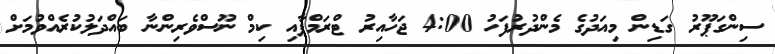
ސިންގަޕޫރު ގަޑިން މިއަދުގެ މެންދުރުފަހު 4:00 ޖަހާއިރު ޓްރަމްޕާއި ކިމް ނޫސްވެރިންނާ ބައްދަލުކުރެއްވުމަށް